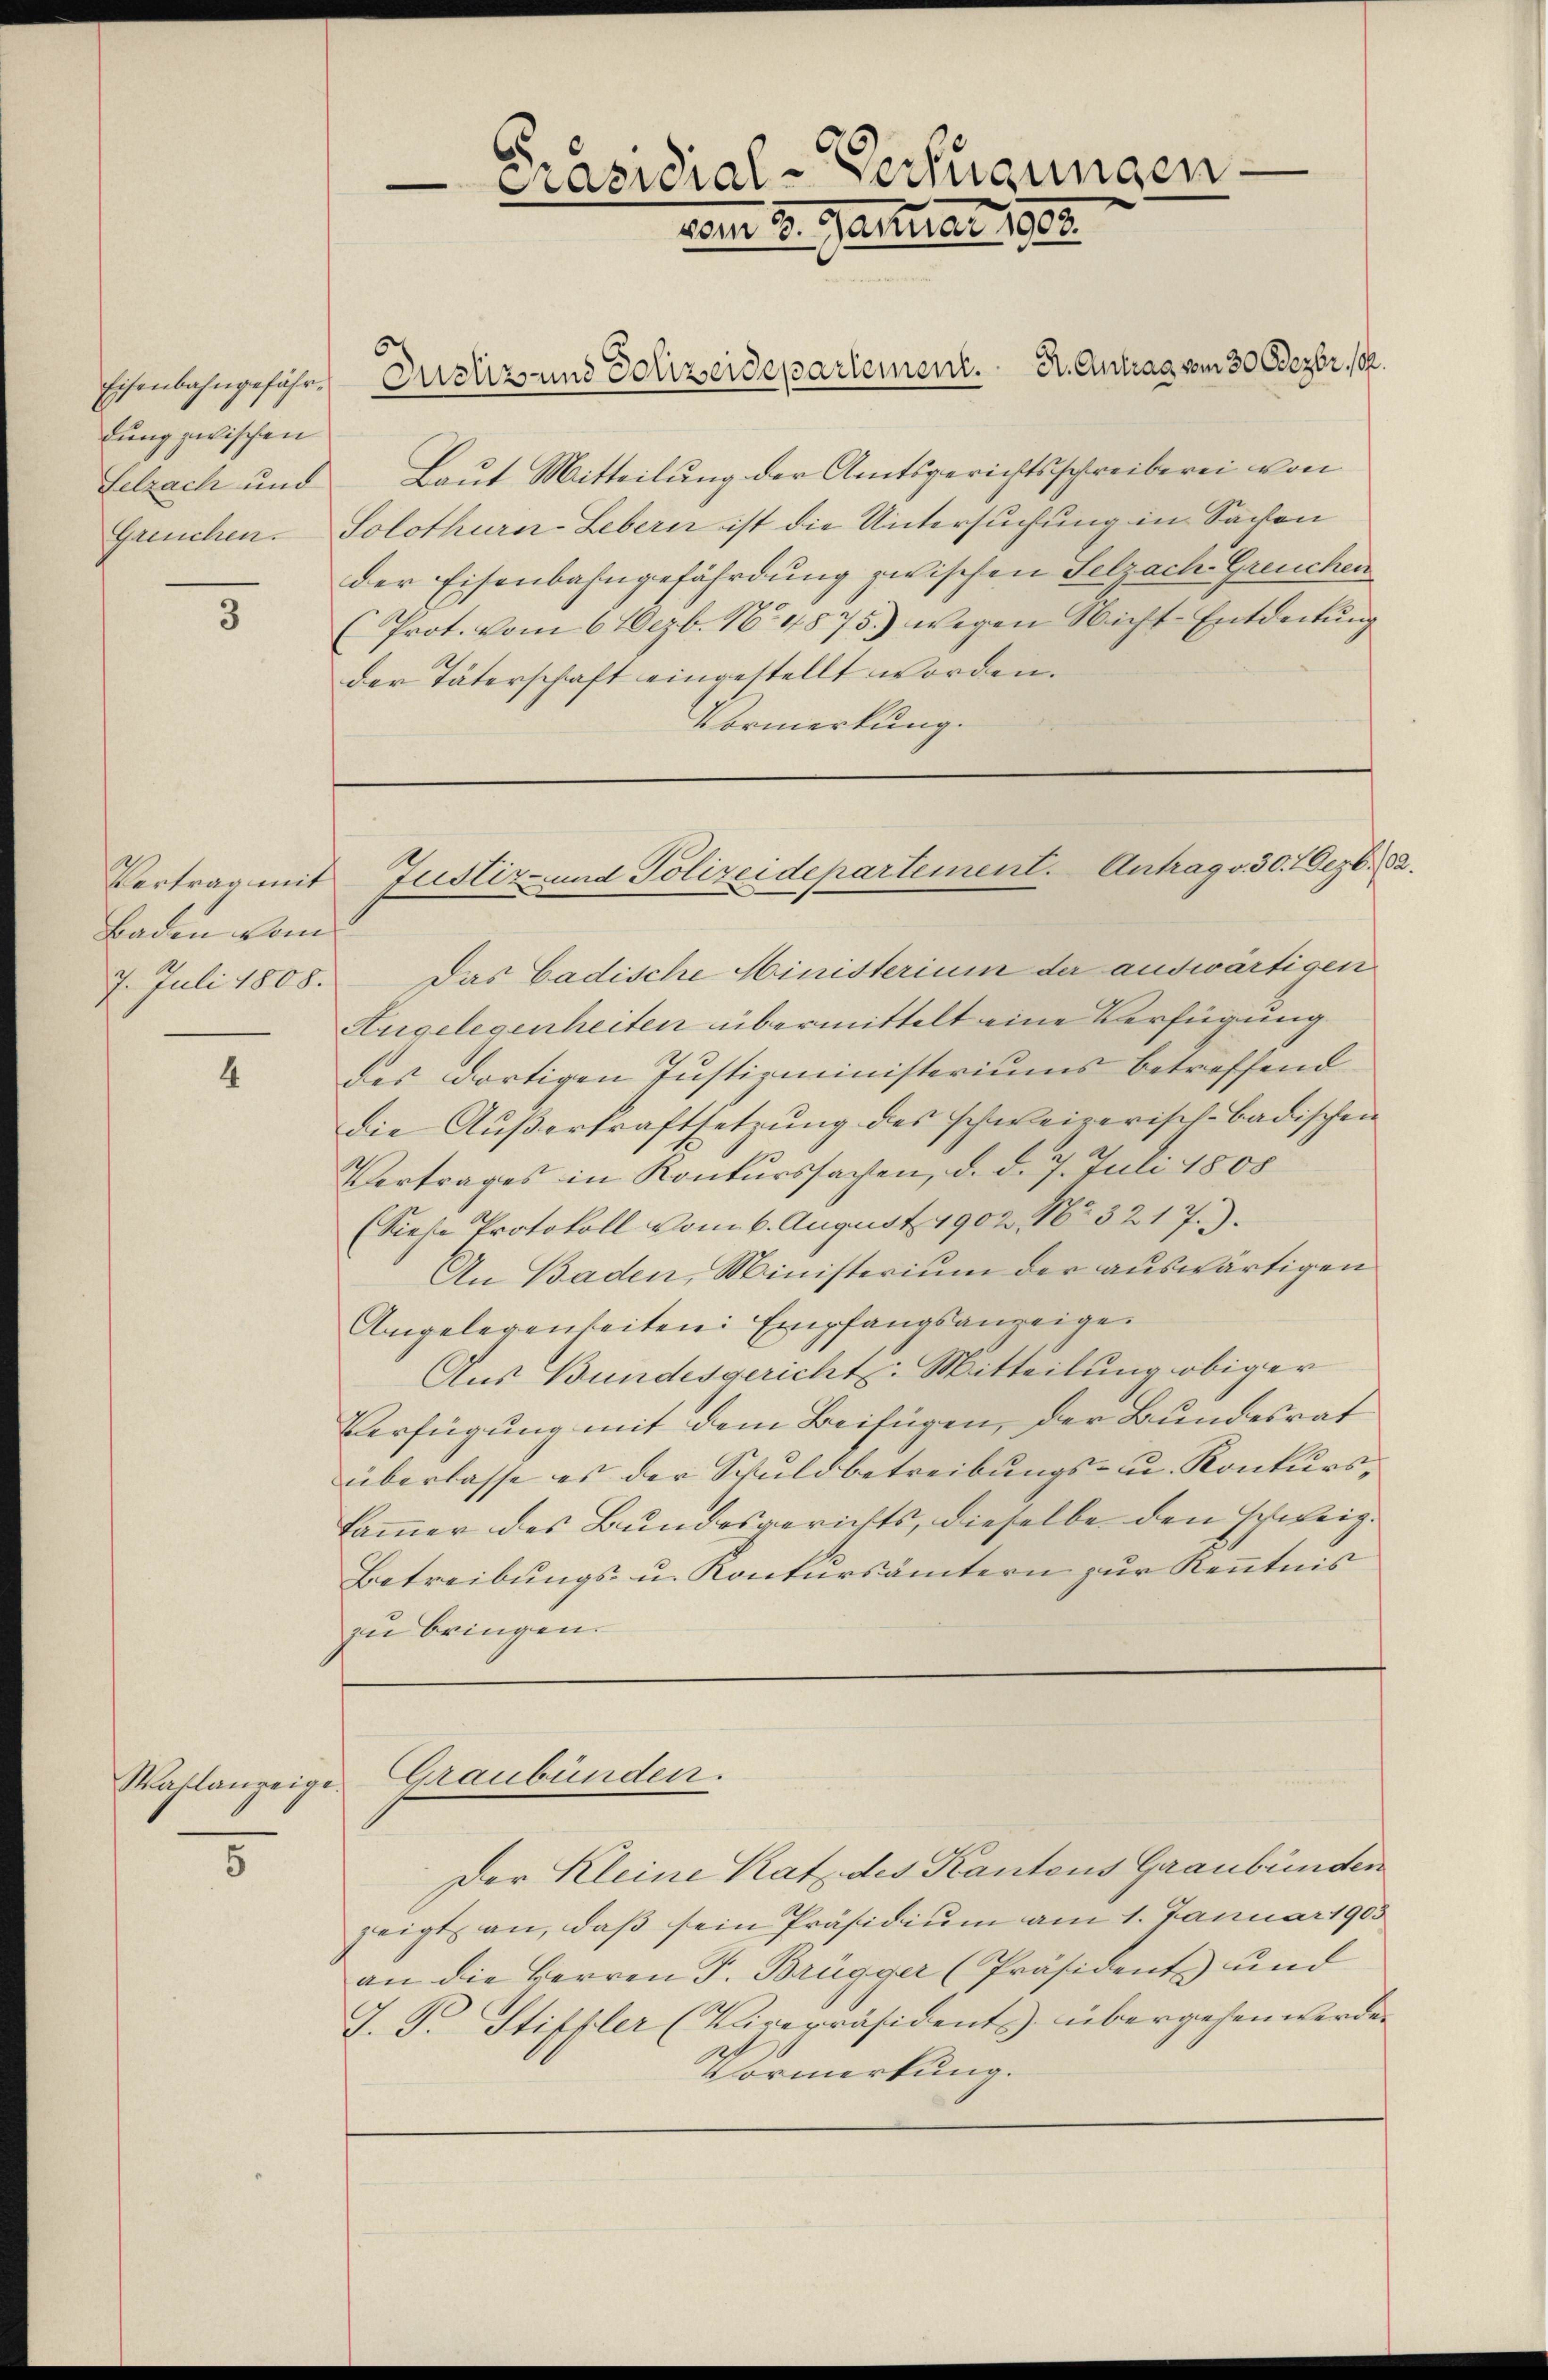
Eisenbahngefährdung zwischen

5

Vertrag mit
Baden vom

4

Wahlanzeige.
5

Justiz und Polizeidepartement. Dr. Antrag vom 30. Dezbr. 18.
Selzach und Baut Mitteilung der Amtsgerichtsschreiberei von
Greuchen. Solothurn-Lebern ist die Untersuchung in Sachen
der Eisenbahngefährdung zwischen Selzach Greuchen
(Prot. vom 6 10 zb. No. 4875) wegen Nicht-Entdeckung
der Täterschaft eingestellt worden.
Vormerkung.

Präsidial-Verfügungen.
vom 2. Januar 1807.

Justiz- und Polizeidepartement. Antrag v. 30. Dezbr. 82.

7. Juli 1808. Das Badische Ministerium der auswärtigen
Angelegenheiten übermittelt eine Verfügung
des dortigen Justizministeriums betreffend
Die Außerkraftsetzung des schweizerisch-Badischen
Vertrages in Konkurssachen, d. d. 7. Juli 1805
(Siehe Protokoll vom 6. August 1902, Nr. 3217.
An Baden, Ministerium der auswärtigen
Angelegenheiten: Empfangsanzeigen
Aus Bundesgericht. Mitteilung obiger
Verfügung mit dem Beifügen, der Bundesrat
überlasse es der Schuldbetreibungs- u. Konkurskammer des Bundesgerichts, dieselbe den schweiz.
Betreibungs- u. Konkursämtern zur Kenntnis
zu bringen.

Graubünden.

Der Kleine Kat des Kantons Graubünden
zeigt an, daβ sein Präsidium am 1. Januar 1903
an die Herren F. Brügger (Präsidents und
J. F. Stiffler (Vicepräsidents übergehen werden
Vormerkung.